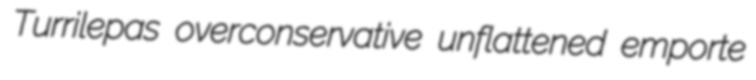
Turrilepas overconservative unflattened emporte